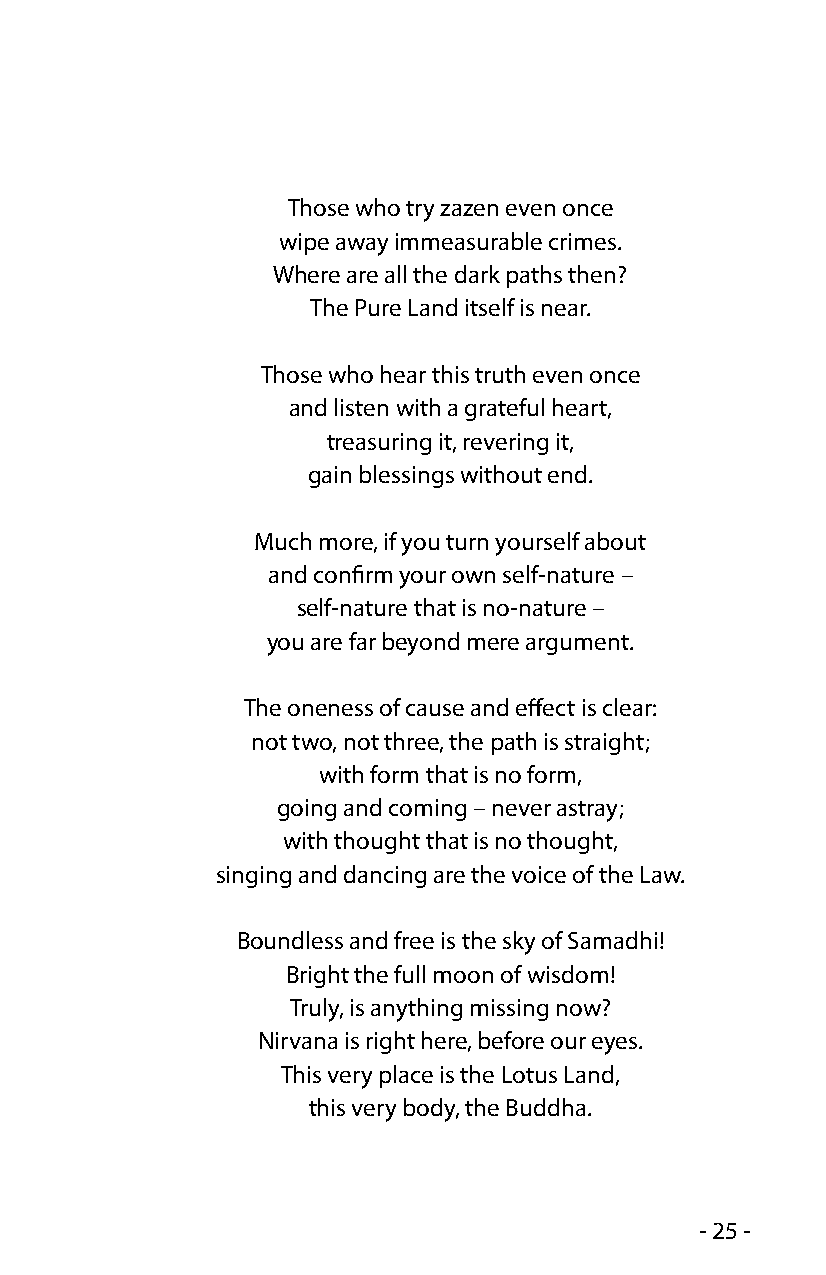
Those who try zazen even once
 wipe away immeasurable crimes.
 Where are all the dark paths then?
 The Pure Land itself is near.
 Those who hear this truth even once
 and listen with a grateful heart,
 treasuring it, revering it,
 gain blessings without end.
 Much more, if you turn yourself about
 and confirm your own self-nature –
 self-nature that is no-nature –
 you are far beyond mere argument.
 The oneness of cause and effect is clear:
 not two, not three, the path is straight;
 with form that is no form,
 going and coming – never astray;
 with thought that is no thought,
 singing and dancing are the voice of the Law.
 Boundless and free is the sky of Samadhi!
 Bright the full moon of wisdom!
 Truly, is anything missing now?
 Nirvana is right here, before our eyes.
 This very place is the Lotus Land,
 this very body, the Buddha.
 - 25 -